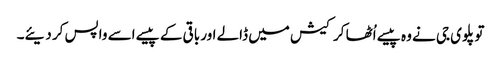
تو پلوی جی نے وہ پیسے اُٹھا کر کیش میں ڈالے اور باقی کے پیسے اسے واپس کر دیئے۔